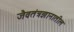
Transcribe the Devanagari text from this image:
जैवतंत्रज्ञानातील